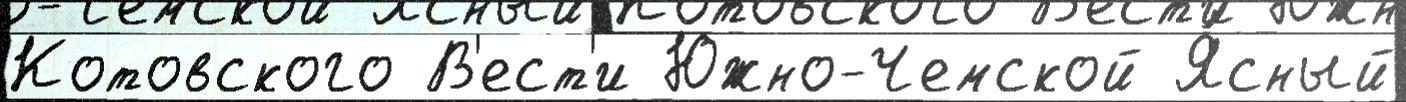
Котовского В'ест'и Южно-Чемской Я́сный